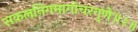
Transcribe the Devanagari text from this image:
सकलनिगमागोचरगुणे॥२॥